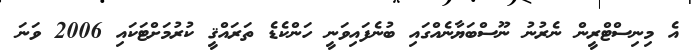
އެ މިނިސްޓްރީން ނެރުނު ނޫސްބަޔާނެއްގައި ބުނެފައިވަނީ ހަންކެޑެ ތަރައްޤީ ކުރުމަށްޓަކައި 2006 ވަނަ